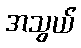
အသွယ်